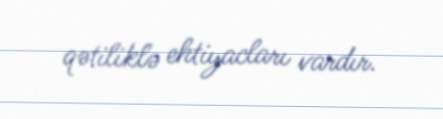
qətiliklə ehtiyacları vardır.